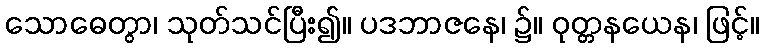
သောဓေတွာ၊ သုတ်သင်ပြီး၍။ ပဒဘာဇနေ၊ ၌။ ဝုတ္တနယေန၊ ဖြင့်။